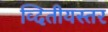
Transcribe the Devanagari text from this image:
व्दितीयस्तर